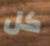
كل